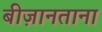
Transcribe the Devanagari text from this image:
बीज़ानताना